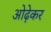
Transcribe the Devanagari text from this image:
ओढ़ेकर